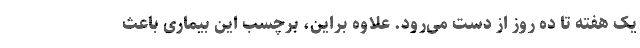
یک هفته تا ده روز از دست می‌رود. علاوه براین، برچسب این بیماری باعث